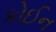
કોઈન